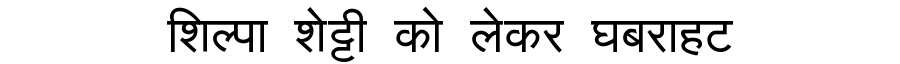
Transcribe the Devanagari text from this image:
शिल्पा शेट्टी को लेकर घबराहट